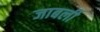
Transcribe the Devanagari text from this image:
जाबली